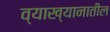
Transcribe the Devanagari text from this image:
व्याख्यानातील